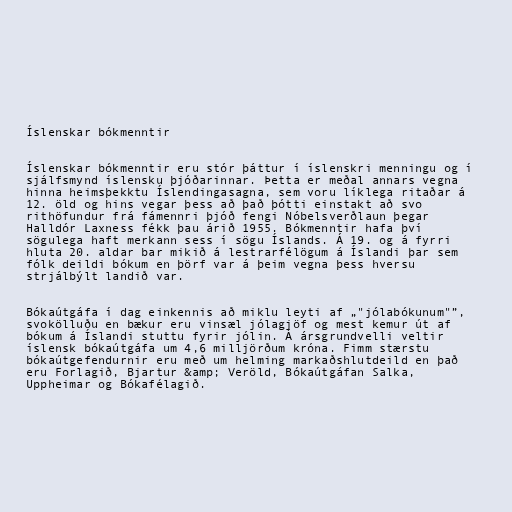
Íslenskar bókmenntir

Íslenskar bókmenntir eru stór þáttur í íslenskri menningu og í
sjálfsmynd íslensku þjóðarinnar. Þetta er meðal annars vegna
hinna heimsþekktu Íslendingasagna, sem voru líklega ritaðar á
12. öld og hins vegar þess að það þótti einstakt að svo
rithöfundur frá fámennri þjóð fengi Nóbelsverðlaun þegar
Halldór Laxness fékk þau árið 1955. Bókmenntir hafa því
sögulega haft merkann sess í sögu Íslands. Á 19. og á fyrri
hluta 20. aldar bar mikið á lestrarfélögum á Íslandi þar sem
fólk deildi bókum en þörf var á þeim vegna þess hversu
strjálbýlt landið var.

Bókaútgáfa í dag einkennis að miklu leyti af „"jólabókunum"”,
svokölluðu en bækur eru vinsæl jólagjöf og mest kemur út af
bókum á Íslandi stuttu fyrir jólin. Á ársgrundvelli veltir
íslensk bókaútgáfa um 4,6 milljörðum króna. Fimm stærstu
bókaútgefendurnir eru með um helming markaðshlutdeild en það
eru Forlagið, Bjartur &amp; Veröld, Bókaútgáfan Salka,
Uppheimar og Bókafélagið.